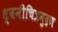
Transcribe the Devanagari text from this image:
ध्वनीचित्रमुद्रण